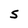
Character: S